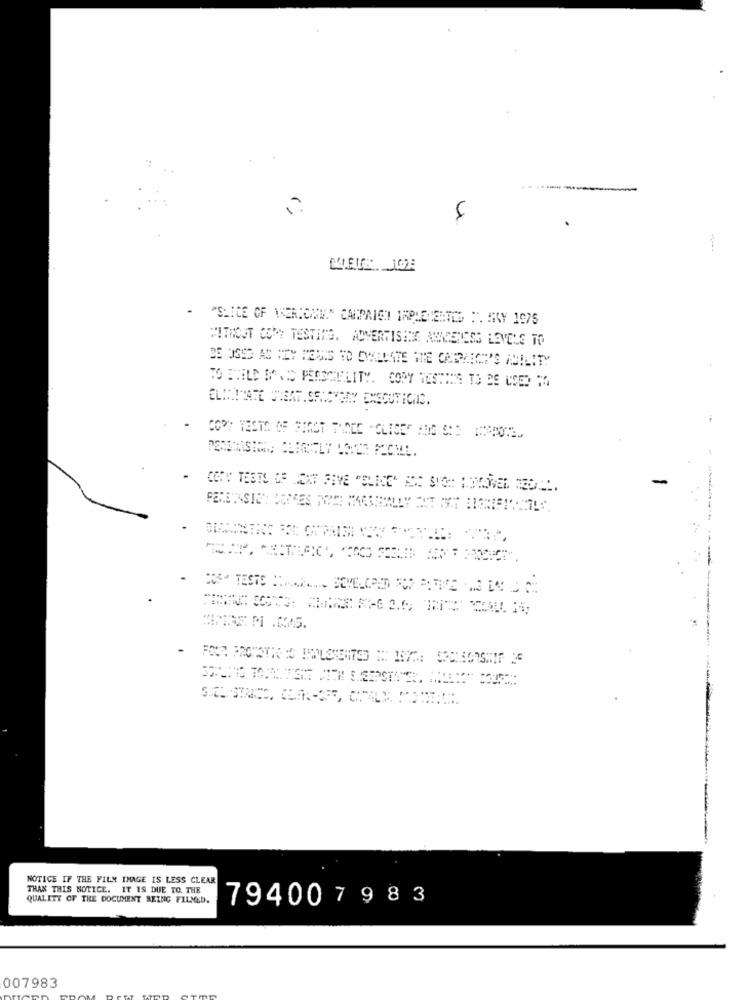
-----
4
1
- "SLICE OF THERICEM." CARPRIGHT IMPLEMENTED :. MY 1975
WITHOUT COPY TESTING. ADVERTISING AUCETESS LEVELS TO
BE USED AS IZY HEMIS TO OWANATE IE CORNICE'S ABILITY
TO EVELD BORO PERSONALITY. COPY TESTINE TO BE USED TO
-- --
NOTICE IF THE FILM IMAGE IS LESS CLEAR
THAN THIS NOTICE. IT IS DUE TO THE
QUALITY OF THE DOCUMENT BEING FILMED.
794007 983
007983